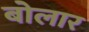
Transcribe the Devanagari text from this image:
बोलार